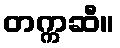
တက္ကဆီ။